Indian journal of veterinary science and animal husbandry - Volume 4,
Year: 1934
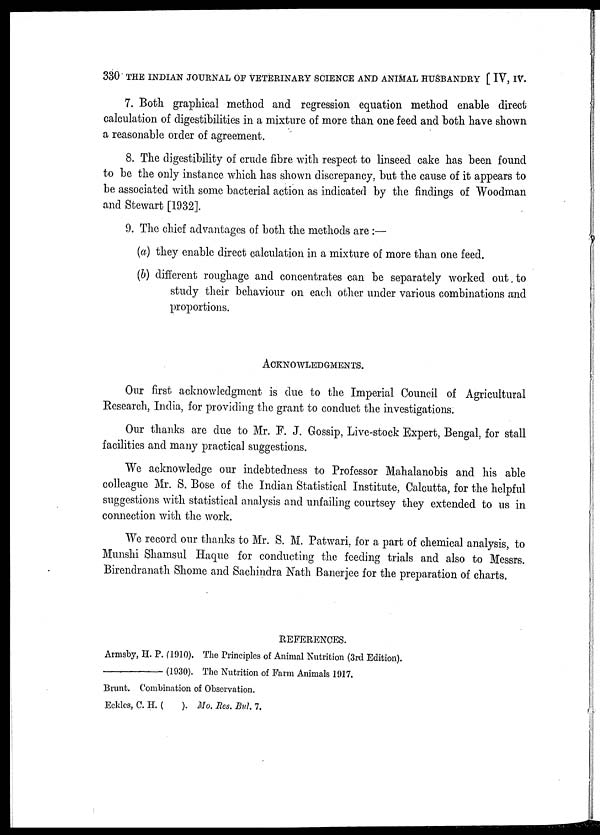
330 THE INDIAN JOURNAL OF VETERINARY SCIENCE AND ANIMAL HUSBANDRY [ IV, IV.
7. Both graphical method and regression equation method enable direct
calculation of digestibilities in a mixture of more than one feed and both have shown
a reasonable order of agreement.
8. The digestibility of crude fibre with respect to linseed cake has been found
to be the only instance which has shown discrepancy, but the cause of it appears to
be associated with some bacterial action as indicated by the findings of Woodman
and Stewart [1932].
9. The chief advantages of both the methods are:—
(a) they enable direct calculation in a mixture of more than one feed.
(b) different roughage and concentrates can be separately worked out to
study their behaviour on each other under various combinations and
proportions.
ACKNOWLEDGMENTS.
Our first acknowledgment is due to the Imperial Council of Agricultural
Research, India, for providing the grant to conduct the investigations.
Our thanks are due to Mr. F. J. Gossip, Live-stock Expert, Bengal, for stall
facilities and many practical suggestions.
We acknowledge our indebtedness to Professor Mahalanobis and his able
colleague Mr. S. Bose of the Indian Statistical Institute, Calcutta, for the helpful
suggestions with statistical analysis and unfailing courtsey they extended to us in
connection with the work.
We record our thanks to Mr. S. M. Patwari, for a part of chemical analysis, to
Munshi Shamsul Haque for conducting the feeding trials and also to Messrs.
Birendranath Shome and Sachindra Nath Banerjee for the preparation of charts.
REFERENCES.
Armsby, H. P. (1910). The Principles of Animal Nutrition (3rd Edition).
—
(1930). The Nutrition of Farm Animals 1917.
Brunt. Combination of Observation.
Eckles, C. H. (
). Mo, Res. Bul. 7.